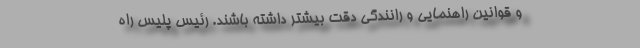
و قوانین راهنمایی و رانندگی دقت بیشتر داشته باشند. رئیس پلیس راه